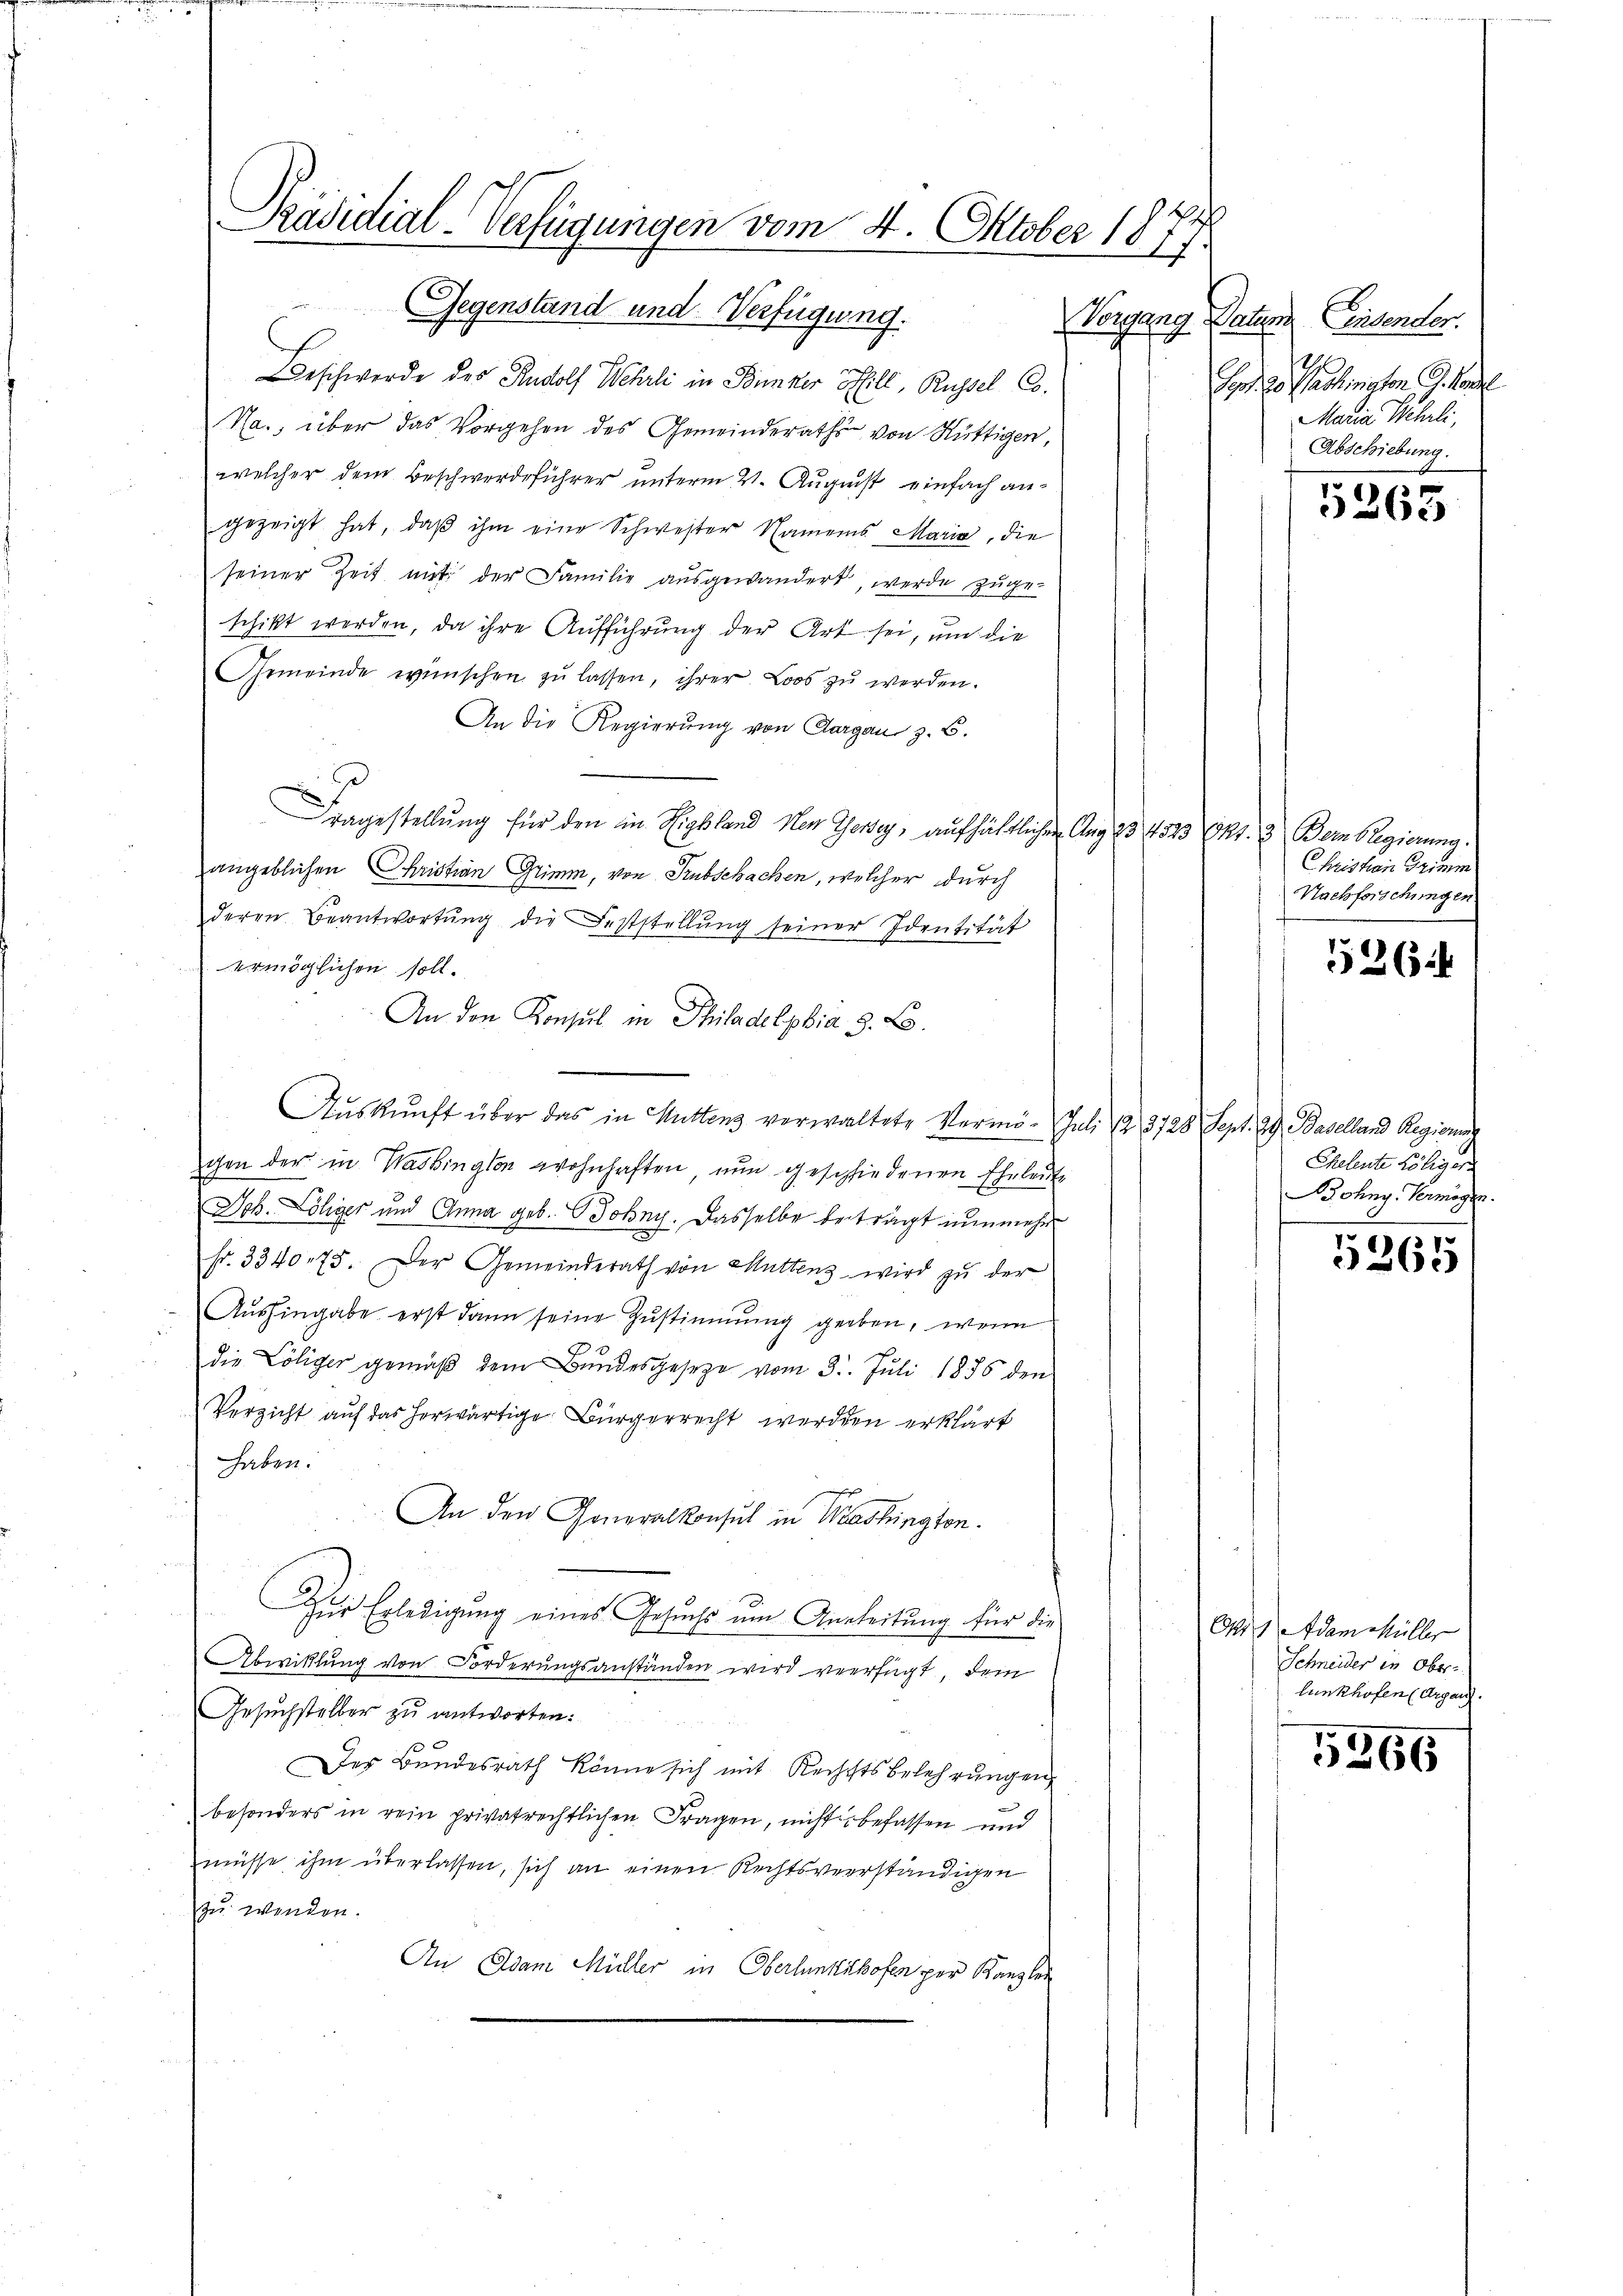
Präsidial-Verfügungen vom 4. Oktober 1877

Vorgang Nation Einsender.
Sept. 30 Paolinaton G. Kanzl
Maria Wehrli,
Abschiebung.

Gegenstand und Verfügung.
Beschwerde des Rudolf Wehrli in Bunker Still, Russel Co.
Na., über das Vorgehen des Gemeinderaths von Hüttigen,
welcher dem Beschwerdeführer unterm 21. August einfach angezeigt hat, daβ ihm eine Schwester Namens Maria, die
seiner Zeit mit der Familie ausgewandert, werde zuge¬
2
schikt werden, da ihre Aufführung der Art sei, um die
Gemeinde wünschen zŭ lassen, ihrer Loos zŭ werden.
An die Regierung von Aargau z. B.
Fragestellung für den in Highland Nen Gewey, aufhältlichen Aug 23. 1523 kr.  Dem Regierung
angeblichen Christian Grimm, von Subschachen, welcher durch
deren Beantwortŭng die Feststellŭng seiner Identität
ermöglichen soll.
An den Konsul in Philadelphia 3. Co.
Auskunft über das in Muttens verwaltete Vermö- Juli 12. 3728 Sept. 29. Baselland Regierung
gen der in Washington wohnhaften nun geschliedenen Eheleute
Joh. Löliger und Anna geb. Johny. Dasselbe beträgt nunmehr
fr. 334075. Der Gemeinderath von Muttens wird zu der
Aushingabe erst dann seine Zustimmung geben, wenn
die Löliger gemäß dem Bundesgesetze vom 31. Juli 1886 den
Verzicht auf das herwärtige Bürgerrecht werden erklärt
haben.
An den Generalkonsul in Washington.
Zŭr Erledigŭng eines Gesŭch ŭm Anleitung für die
2
Abwicklung von Forderungsanständen wird verfügt, dem
Gesuchsteller zu antworten:
Der Bundesrath könne sich mit Reichtsbelehrungen
besonders in rein privatrechtlichen Fragen, nicht befassen und
müsse ihm überlassen, sich an einen Rechtsverständigen
zu wenden.
An Adam Müller in Oberlanttikofen per Kanzlei

5265

Christian Grimm
Nachforschungen

526

Cheleute Löliger
ohny. Vermögen.
6

5365

Oko Adam Müller
Schneider in Ober
Lunkhofen (Argau.

5366